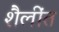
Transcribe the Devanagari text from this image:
शैलींत